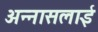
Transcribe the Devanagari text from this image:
अन्नासलाई